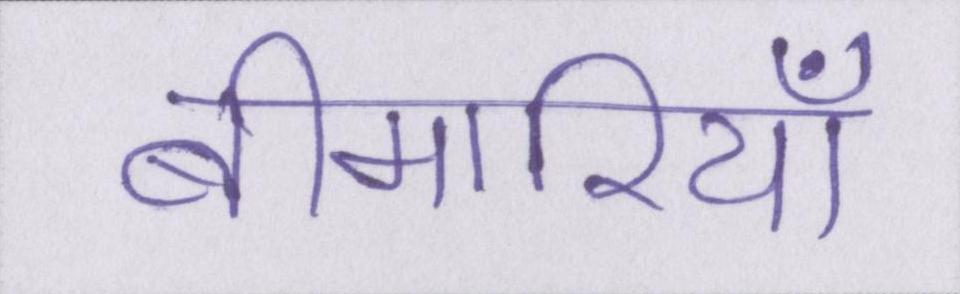
बीमारियाँ